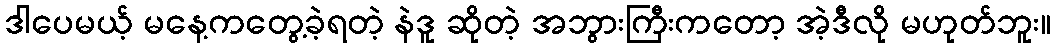
ဒါပေမယ့် မနေ့ကတွေ့ခဲ့ရတဲ့ နဲဒူ ဆိုတဲ့ အဘွားကြီးကတော့ အဲ့ဒီလို မဟုတ်ဘူး။